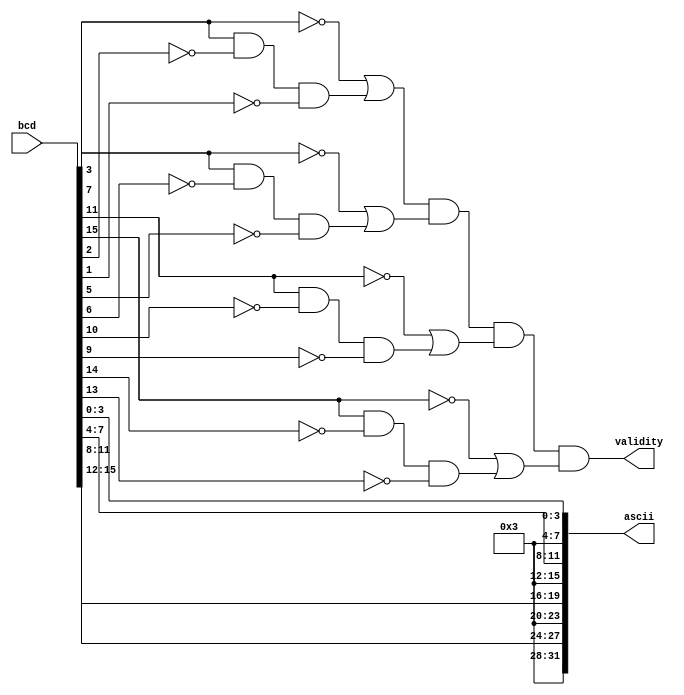
//bcd to ascii conversion
module conversion2(bcd,ascii,validity);
output [31:0] ascii;
input [15:0] bcd;
output validity;
wire [3:0]B1,B2,B3,B4;
wire [3:0]check;

assign B1=bcd[3:0];
assign B2=bcd[7:4];
assign B3=bcd[11:8];
assign B4=bcd[15:12];
assign ascii={4'b0011,B4[3:0],4'b0011,B3[3:0],4'b0011,B2[3:0],4'b0011,B1[3:0]};
assign check[0]=(!bcd[3])|(bcd[3]&!bcd[2]&!bcd[1]);
assign check[1]=(!bcd[7])|(bcd[7]&!bcd[6]&!bcd[5]);
assign check[2]=(!bcd[11])|(bcd[11]&!bcd[10]&!bcd[9]);
assign check[3]=(!bcd[15])|(bcd[15]&!bcd[14]&!bcd[13]);
assign validity=check[0]&check[1]&check[2]&check[3];
endmodule